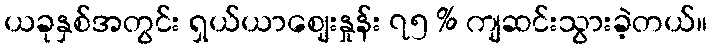
ယခုနှစ်အတွင်း ရှယ်ယာဈေးနှုန်း ၇၅ % ကျဆင်းသွားခဲ့တယ်။